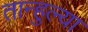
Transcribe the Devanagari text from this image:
तान्हुल्या